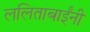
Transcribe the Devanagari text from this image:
ललिताबाईंनी